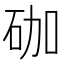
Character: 𥑆